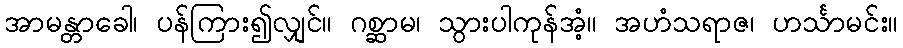
အာမန္တာခေါ၊ ပန်ကြား၍လျှင်။ ဂစ္ဆာမ၊ သွားပါကုန်အံ့။ အဟံသရာဇ၊ ဟင်္သာမင်း။